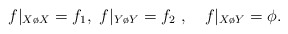
\begin{align*}f|_{X\o X}= f_1,\ f|_{Y\o Y} = f_2\ ,\quad f|_{X\o Y}=\phi.\end{align*}